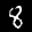
Label: 8